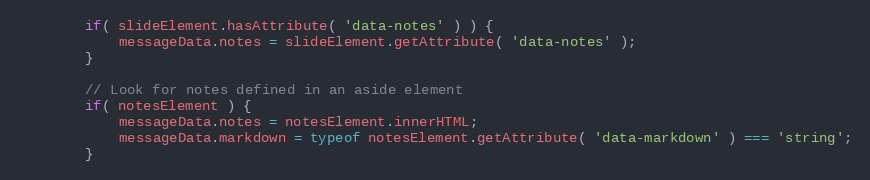
Language: JavaScript
		if( slideElement.hasAttribute( 'data-notes' ) ) {
			messageData.notes = slideElement.getAttribute( 'data-notes' );
		}

		// Look for notes defined in an aside element
		if( notesElement ) {
			messageData.notes = notesElement.innerHTML;
			messageData.markdown = typeof notesElement.getAttribute( 'data-markdown' ) === 'string';
		}